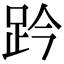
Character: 趻